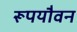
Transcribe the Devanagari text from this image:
रूपयौवन